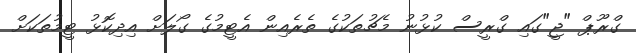
ގްރޫޕް "ޖީ"ގައި ގްރީސް ކުޅުނު މެޗުތަކުގެ ތެރެއިން އެޓީމުގެ ގޯލަށް އިދިކޮޅު ޓީމުތަކަށް